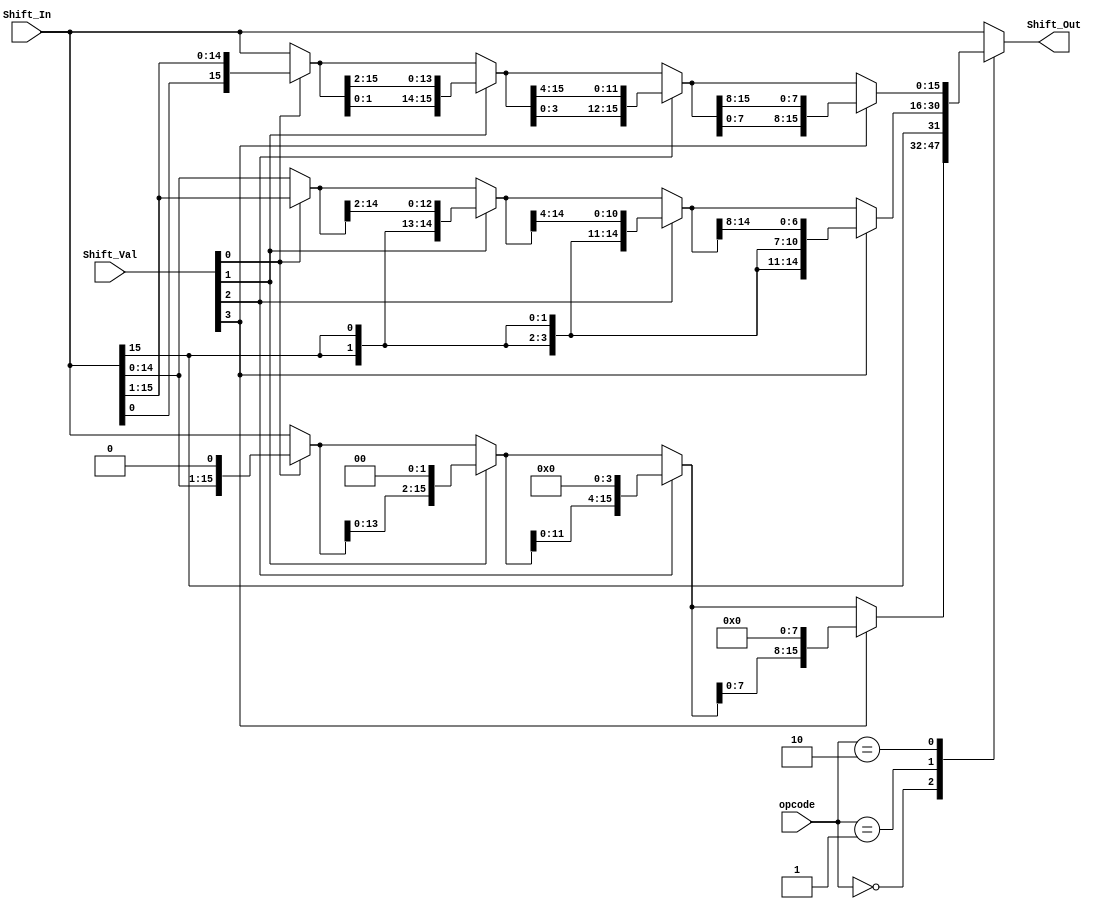
module Shifter(opcode, Shift_Out, Shift_In, Shift_Val);

input [1:0] opcode;
input [15:0] Shift_In;
input [15:0] Shift_Val;
output [15:0] Shift_Out;

reg [15:0] s1, s2, s3, s4;

always @ (*) begin
	case(opcode) 
		2'b00: begin
			s1 = Shift_Val[0] ? Shift_In << 1 : Shift_In;
			s2 = Shift_Val[1] ? s1 << 2 : s1;
			s3 = Shift_Val[2] ? s2 << 4 : s2;
			s4 = Shift_Val[3] ? s3 << 8 : s3;
		end
		2'b01: begin
			s1 = (Shift_Val[0] ? {Shift_In[15],Shift_In[15:1]} : Shift_In);
			s2 = (Shift_Val[1] ? {{2{s1[15]}},s1[15:2]} : s1);
			s3 = (Shift_Val[2] ? {{4{s2[15]}},s2[15:4]} : s2);
			s4 = (Shift_Val[3] ? {{8{s3[15]}},s3[15:8]} : s3);
		end
		2'b10: begin
			s1 = (Shift_Val[0] ? {Shift_In[0],Shift_In[15:1]} : Shift_In);
			s2 = (Shift_Val[1] ? {s1[1:0],s1[15:2]} : s1);
			s3 = (Shift_Val[2] ? {s2[3:0],s2[15:4]} : s2);
			s4 = (Shift_Val[3] ? {s3[7:0],s3[15:8]} : s3);
		end
		default: 
			s4 = Shift_In;
	endcase
end

assign Shift_Out = s4;

endmodule